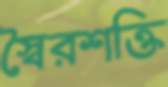
স্বৈরশক্তি